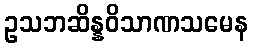
ဥသဘဆိန္နဝိသာဏသမေန